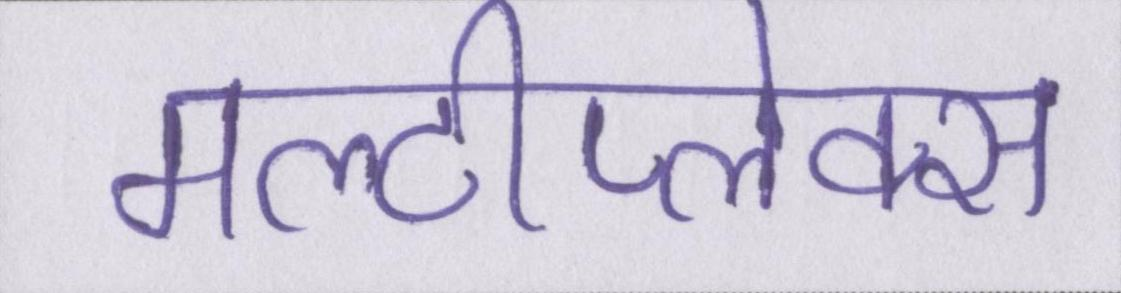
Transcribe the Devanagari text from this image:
मल्टीप्लेक्स